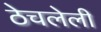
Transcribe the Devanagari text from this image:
ठेचलेली